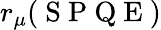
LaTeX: r_{\mu}(\mathrm{~S~P~Q~E~})